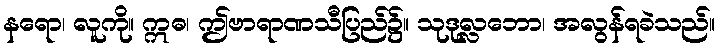
နရော၊ လူကို။ ဣဓ၊ ဤဗာရာဏသီပြည်၌။ သုဒုလ္လဘော၊ အလွန်ရခဲသည်။